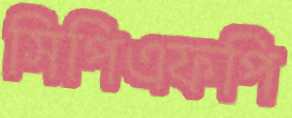
সিপিএফপি